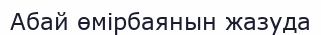
Абай өмірбаянын жазуда